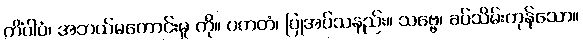
ကိံပါပံ၊ အဘယ်မကောင်းမှု ကို။ ပကတံ၊ ပြုအပ်သနည်း။ သဗ္ဗေ၊ ခပ်သိမ်းကုန်သော။